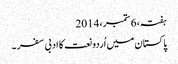
ہفتہ، 6 ستمبر، 2014
پاکستان میں اُردو نعت کا ادبی سفر ۔